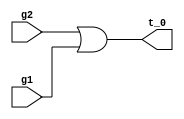
module patch(t_0, g2, g1);
	output t_0;
	input g2;
	input g1;
	// Target: t_0
	wire term_0;
	or (term_0, g2, g1, 1'b0);
	and (t_0, term_0, 1'b1);
endmodule